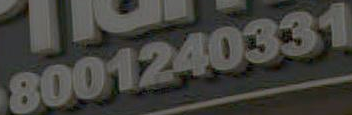
8001240331